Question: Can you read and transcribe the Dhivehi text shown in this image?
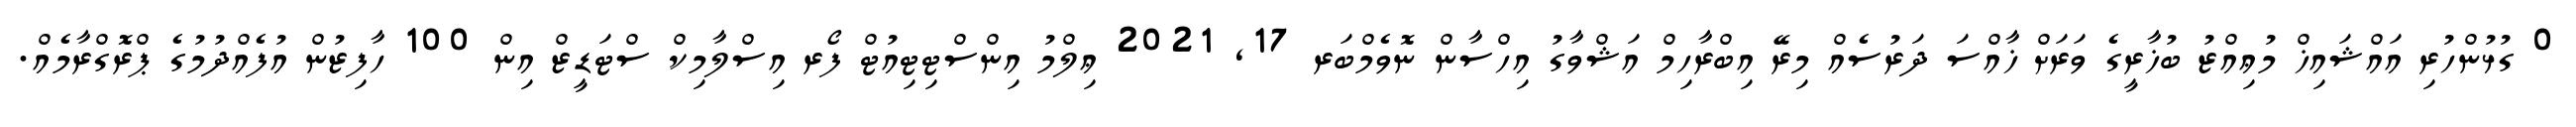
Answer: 0 ގުޅުންހުރި އައްޝައިޚް މުޢިއްޒު ބުޚާރީގެ ވަރަށް ޚާއްސަ ދަރުސެއް މިރޭ އިބްރާހިމް އަޝްވާގު އިހްސާން ނޮވެމްބަރ 17, 2021 ޢިލްމު އިންސްޓިޓިއުޓް ފޯރ އިސްލާމިކް ސްޓަޑީޒް އިން 100 ހާފިޒުން އުފެއްދުމުގެ ޕްރޮގްރާމެއް.